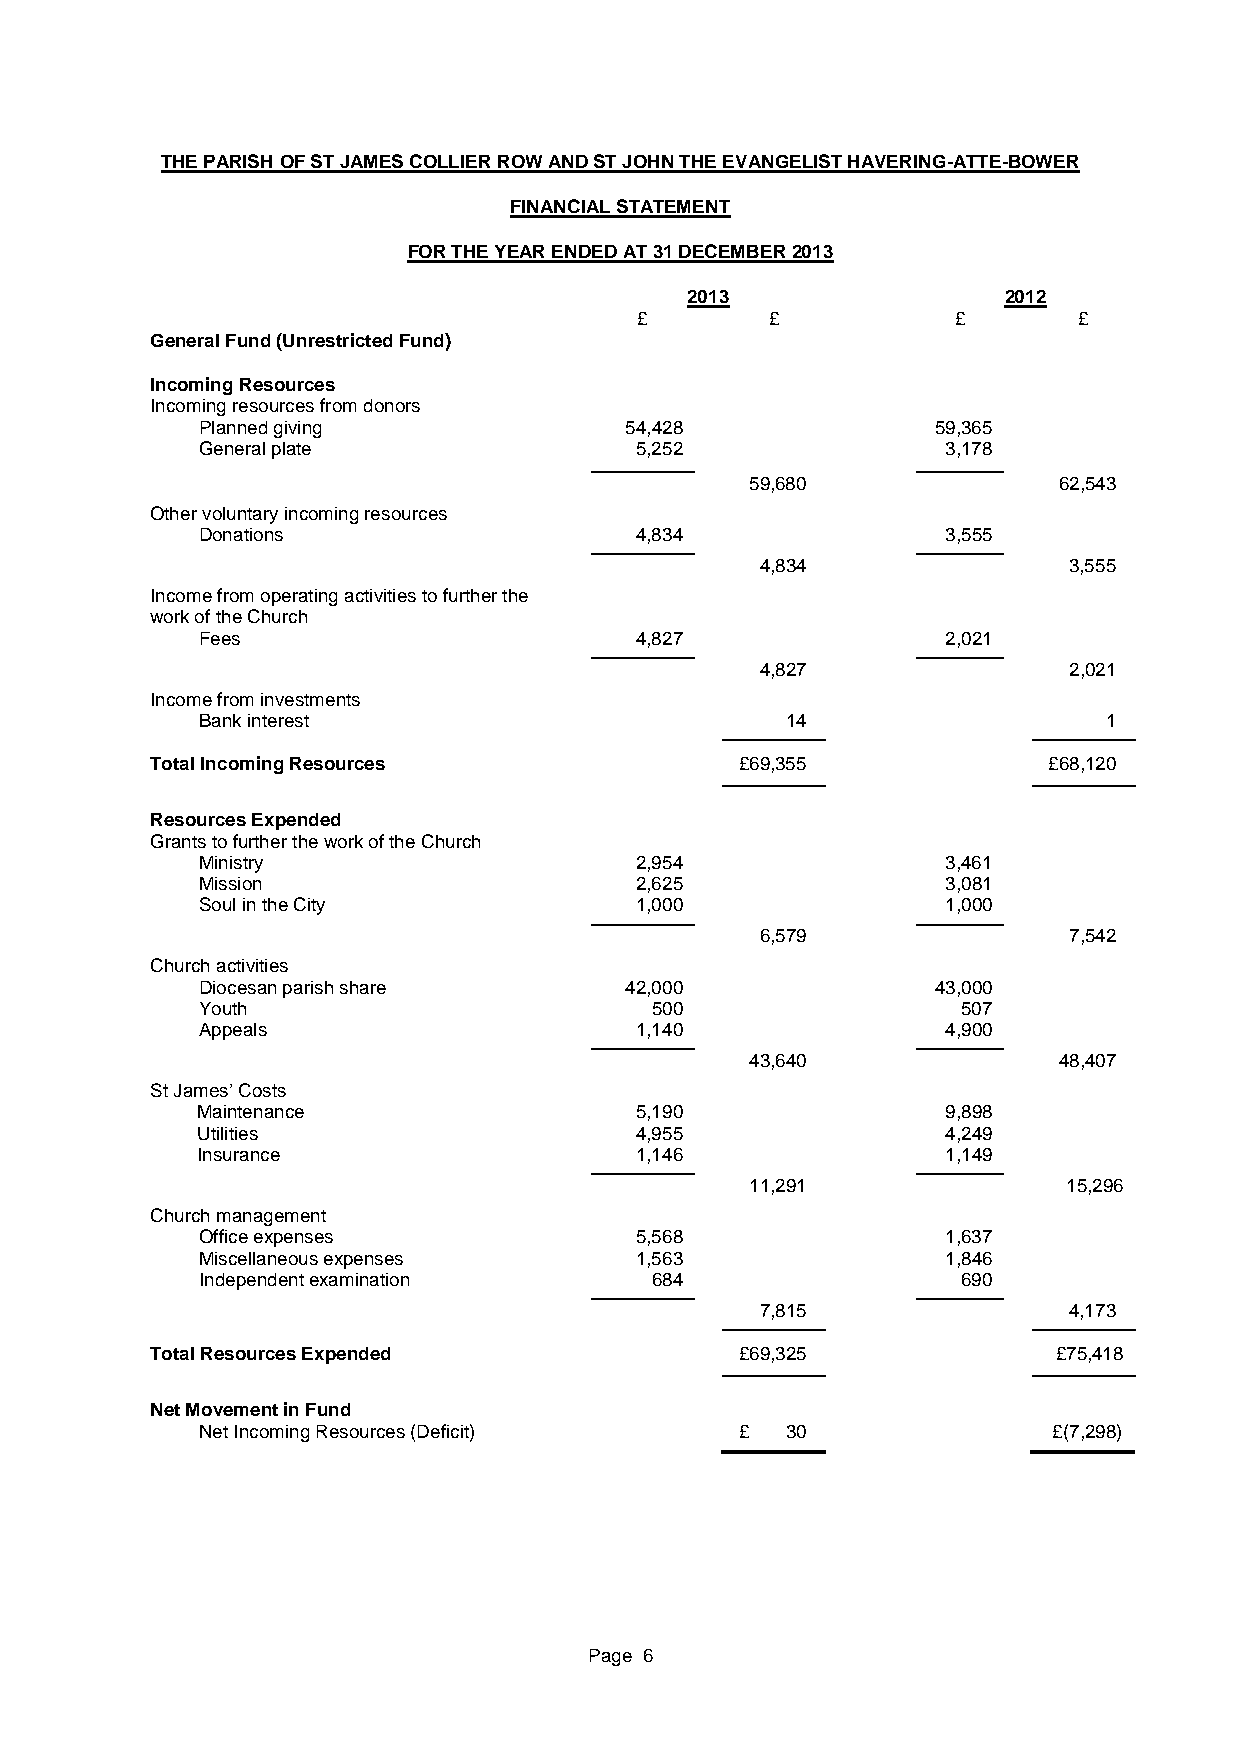
THE PARISH OF ST JAMES COLLIER ROW AND ST JOHN THE EVANGELIST HAVERING-ATTE-BOWER
 FINANCIAL STATEMENT
 FOR THE YEAR ENDED AT 31 DECEMBER 2013
 2013                  2012
 £        £           £       £
 General Fund (Unrestricted Fund)
 Incoming Resources
 Incoming resources from donors
 Planned giving              54,428               59,365
 General plate                5,252                3,178
 59,680              62,543
 Other voluntary incoming resources
 Donations                    4,834                3,555
 4,834                3,555
 Income from operating activities to further the
 work of the Church
 Fees                         4,827                2,021
 4,827                2,021
 Income from investments
 Bank interest                          14                   1
 Total Incoming Resources               £69,355             £68,120
 Resources Expended
 Grants to further the work of the Church
 Ministry                     2,954                3,461
 Mission                      2,625                3,081
 Soul in the City             1,000                1,000
 6,579                7,542
 Church activities
 Diocesan parish share       42,000               43,000
 Youth                         500                  507
 Appeals                      1,140                4,900
 43,640              48,407
 St James’ Costs
 Maintenance                  5,190                9,898
 Utilities                    4,955                4,249
 Insurance                    1,146                1,149
 11,291               15,296
 Church management
 Office expenses              5,568                1,637
 Miscellaneous expenses       1,563                1,846
 Independent examination       684                  690
 7,815                4,173
 Total Resources Expended               £69,325              £75,418
 Net Movement in Fund
 Net Incoming Resources (Deficit)    £  30                £(7,298)
 Page 6